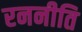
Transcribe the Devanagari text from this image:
रननीति